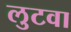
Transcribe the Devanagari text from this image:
लुटवा